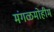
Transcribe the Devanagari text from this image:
मंगळमोहीम